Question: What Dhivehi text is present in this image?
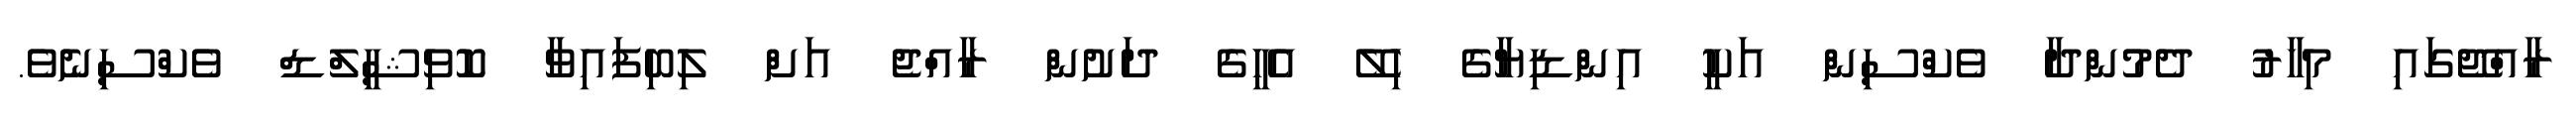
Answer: ރާއްޖޭގައި މިހާރު ދެމުންދާ ވެކްސިން އަކީ އިންޑިޔާގެ ހިލޭ އެހީގެ ދަށުން ރާއްޖެ އަށް ލިބިފައިވާ ކޮވިޝީލްޑް ވެކްސިނެވެ.